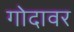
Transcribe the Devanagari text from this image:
गोदावर